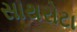
સાથરોટા